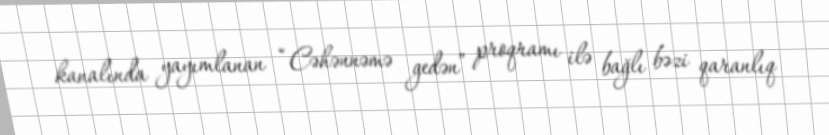
kanalında yayımlanan “Cəhənnəmə gedən” proqramı ilə bağlı bəzi qaranlıq